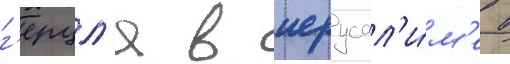
г'ерцл'я в иерусал'и́м'е в